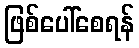
ဖြစ်ပေါ်စေရန်